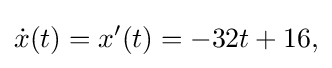
{\dot {x}}(t)=x'(t)=-32t+16,\,\!